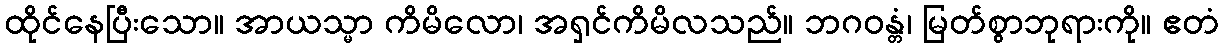
ထိုင်နေပြီးသော။ အာယသ္မာ ကိမိလော၊ အရှင်ကိမိလသည်။ ဘဂဝန္တံ၊ မြတ်စွာဘုရားကို။ ဧတံ